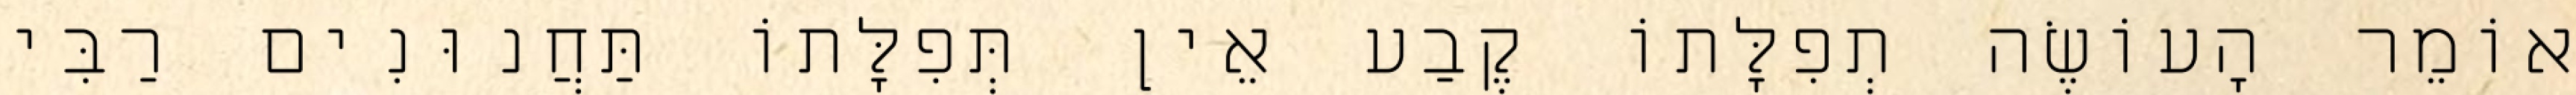
אוֹמֵר הָעוֹשֶׂה תְפִלָּתוֹ קֶבַע אֵין תְּפִלָּתוֹ תַּחֲנוּנִים רַבִּי